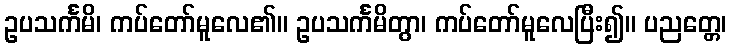
ဥပသင်္ကမိ၊ ကပ်တော်မူလေ၏။ ဥပသင်္ကမိတွာ၊ ကပ်တော်မူလေပြီး၍။ ပညတ္တေ၊